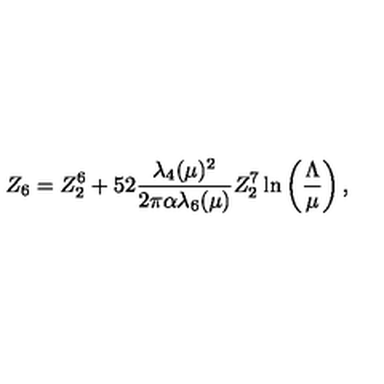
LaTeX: Z _ { 6 } = Z _ { 2 } ^ { 6 } + { \binom { 5 } { 2 } } { \frac { \lambda _ { 4 } ( \mu ) ^ { 2 } } { 2 \pi \alpha \lambda _ { 6 } ( \mu ) } } Z _ { 2 } ^ { 7 } \ln \left( \frac { \Lambda } { \mu } \right) ,